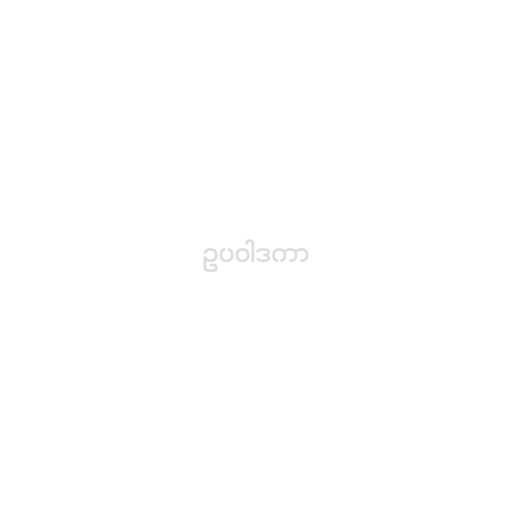
ဥပဝါဒကာ